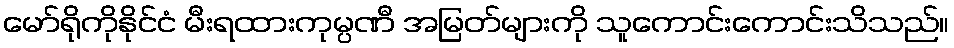
မော်ရိုကိုနိုင်ငံ မီးရထားကုမ္ပဏီ အမြတ်များကို သူကောင်းကောင်းသိသည်။